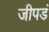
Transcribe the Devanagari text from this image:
जीपडं